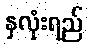
နှလုံးရည်